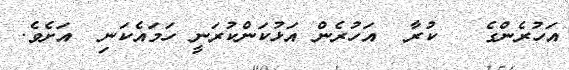
އަހުރެންގެ   ކުރާ  އަހުރެން އަޅުކަންކުރަނީ ހަމައެކަނި  އަށެވެ.